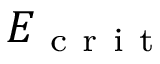
E _ { \mathrm { ~ c ~ r ~ i ~ t ~ } }